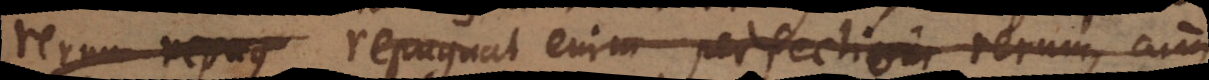
rerum repug repugnat enim perfectioni rerum, cum